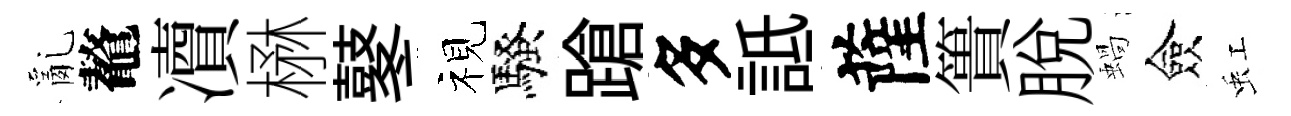
亂鼇凟楙鼕视騷蹌多詆薩簣脱蝸僉虹